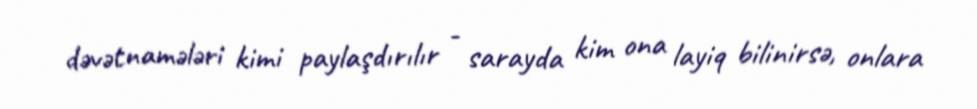
dəvətnamələri kimi paylaşdırılır - sarayda kim ona layiq bilinirsə, onlara